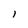
Character: l